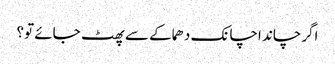
اگرچاند اچانک دھماکے سے پھٹ جائے تو؟